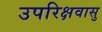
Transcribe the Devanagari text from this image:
उपरिक्षवासु